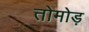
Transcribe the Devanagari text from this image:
तोमोड़